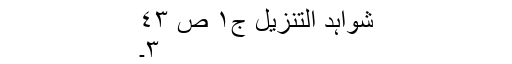
شواہد التنزیل ج١ ص ٤٣
٣۔